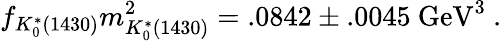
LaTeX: f_{K_{0}^{*}(1430)}m_{K_{0}^{*}(1430)}^{2}=.0842\pm.0045\ \mathrm{GeV}^{3}\ .